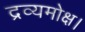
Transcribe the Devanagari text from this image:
द्रव्यमोक्ष।